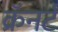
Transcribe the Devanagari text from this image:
क्रॅनर्ट